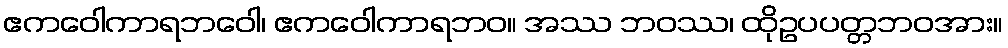
ဧကဝေါကာရဘဝေါ၊ ဧကဝေါကာရဘဝ။ အဿ ဘဝဿ၊ ထိုဥပပတ္တဘဝအား။